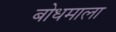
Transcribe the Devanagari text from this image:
बोधमाला